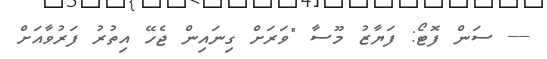
---- ސަން ފޮޓޯ: ފަޔާޒު މޫސާ "ވަރަށް ގިނައިން ޖެހޭ އިތުރު ފަރުވާއަށް